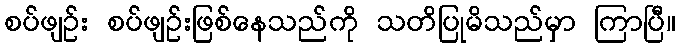
စပ်ဖျဉ်း စပ်ဖျဉ်းဖြစ်နေသည်ကို သတိပြုမိသည်မှာ ကြာပြီ။